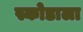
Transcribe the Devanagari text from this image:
स्कोडाला